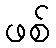
ဖစ်